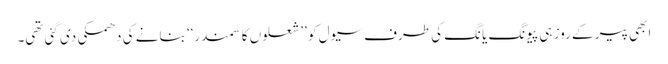
ابھی پیر کے روز ہی پیونگ یانگ کی طرف سیول کو ’’شعلوں کا سمندر‘‘ بنانے کی دھمکی دی گئی تھی۔